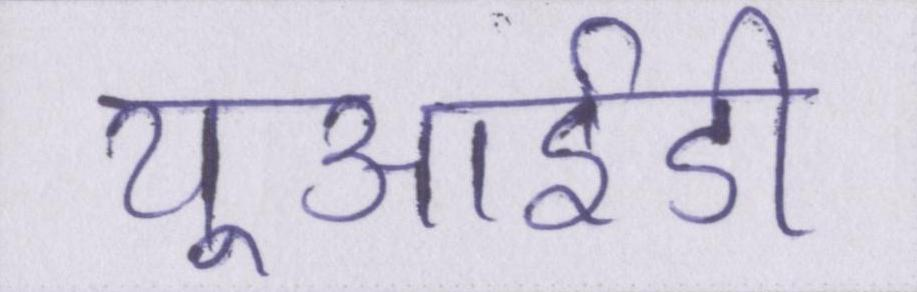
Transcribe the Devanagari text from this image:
यूआईडी